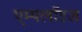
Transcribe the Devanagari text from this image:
एम्पलॉइज